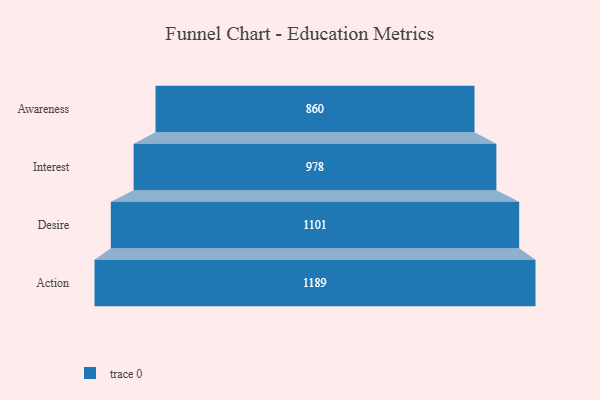
{"axis": {"x": "Stage", "y": "Value"}, "legend": [""], "data": [{"x": "Awareness", "y": 860.0, "type": ""}, {"x": "Interest", "y": 978.0, "type": ""}, {"x": "Desire", "y": 1101.0, "type": ""}, {"x": "Action", "y": 1189.0, "type": ""}]}